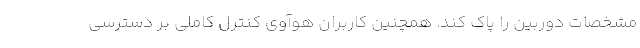
مشخصات دوربین را پاک کند. همچنین کاربران هوآوی کنترل کاملی بر دسترسی